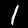
Label: 1